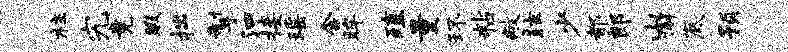
柱究竟暇拙掣泗接瑶含眸殖量环粘敝眩少都郎山懈底预